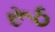
રૂઠ